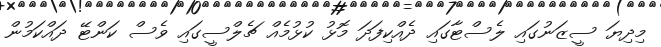
މިދިޔަ ސީޒަނުގައި ލެސްޓާގައި ދެއްކިފަދަ މޮޅު ކުޅުމެއް ޗެލްސީގައި ވެސް ކަންޓޭ ދައްކަމުން